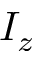
I _ { z }